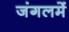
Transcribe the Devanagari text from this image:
जंगलमें